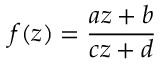
f ( z ) = { \frac { a z + b } { c z + d } }